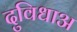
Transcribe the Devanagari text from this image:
दुविधाअ